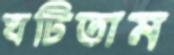
ঘটিতাম